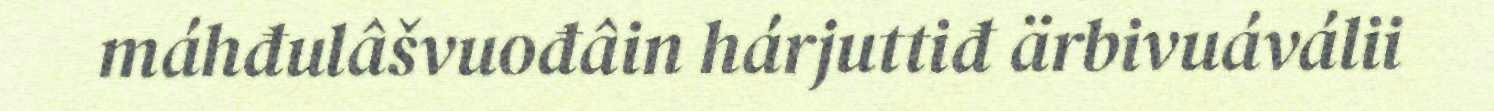
máhđulâšvuođâin hárjuttiđ ärbivuáválii